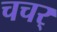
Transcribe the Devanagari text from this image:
चचर्